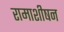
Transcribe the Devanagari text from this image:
रामाशीषन